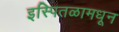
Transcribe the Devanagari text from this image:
इस्पितळामधून